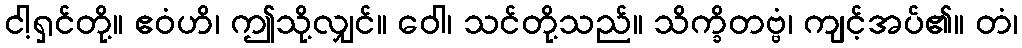
ငါ့ရှင်တို့။ ဧဝံဟိ၊ ဤသို့လျှင်။ ဝေါ၊ သင်တို့သည်။ သိက္ခိတဗ္ဗံ၊ ကျင့်အပ်၏။ တံ၊